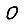
Digit: 0